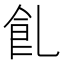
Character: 𩚂